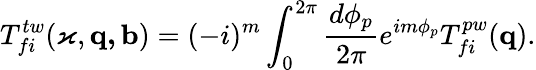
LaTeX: T_{fi}^{tw}(\varkappa,\mathbf{q,b})=(-i)^{m}\int_{0}^{2\pi}\frac{d\phi_{p}}{2\pi}e^{im\phi_{p}}T_{fi}^{pw}(\mathbf{q}).